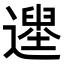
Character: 𨗭